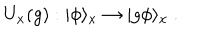
U _ { x } ( g ) : | \phi \rangle _ { x } \to | g \phi \rangle _ { x } ~ .